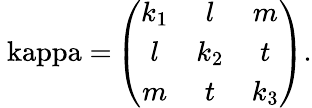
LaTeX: \mathrm{\ kappa=}\left(\begin{array}{ccc}{{k_{1}}}&{{l}}&{{m}}\\ {{l}}&{{k_{2}}}&{{t}}\\ {{m}}&{{t}}&{{k_{3}}}\end{array}\right).